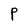
Character: P